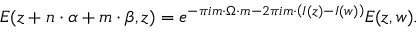
E ( z + { n } \cdot { \alpha } + { m } \cdot { \beta } , z ) = e ^ { - \pi i m \cdot \Omega \cdot m - 2 \pi i m \cdot \left( I ( z ) - I ( w ) \right) } E ( z , w ) .